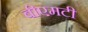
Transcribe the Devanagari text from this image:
बीएमटी